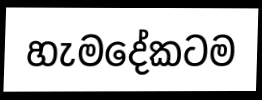
හැමදේකටම